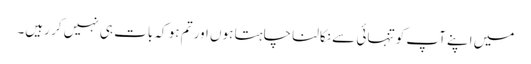
میں اپنے آپ کو تنہائی سے نکالنا چاہتا ہوں اور تم ہو کہ بات ہی نہیں کر رہیں۔